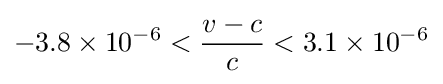
-3.8\times 10^{-6}<{\frac {v-c}{c}}<3.1\times 10^{-6}